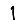
Digit: 1